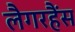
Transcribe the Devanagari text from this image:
लैगरहैंस